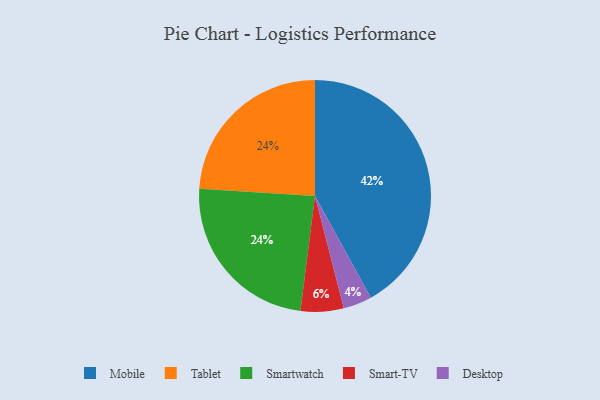
{"axis": {"x": "Category", "y": "Percentage"}, "legend": ["Desktop", "Mobile", "Smart-TV", "Smartwatch", "Tablet"], "data": [{"x": "Tablet", "y": 24, "type": "Tablet"}, {"x": "Mobile", "y": 42, "type": "Mobile"}, {"x": "Smart-TV", "y": 6, "type": "Smart-TV"}, {"x": "Desktop", "y": 4, "type": "Desktop"}, {"x": "Smartwatch", "y": 24, "type": "Smartwatch"}]}